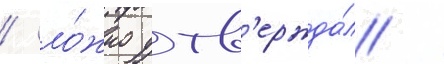
/ ло́жно утв'ержда́л /